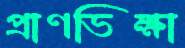
প্রাণভিক্ষা